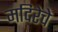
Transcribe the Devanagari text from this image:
मदिरेचे